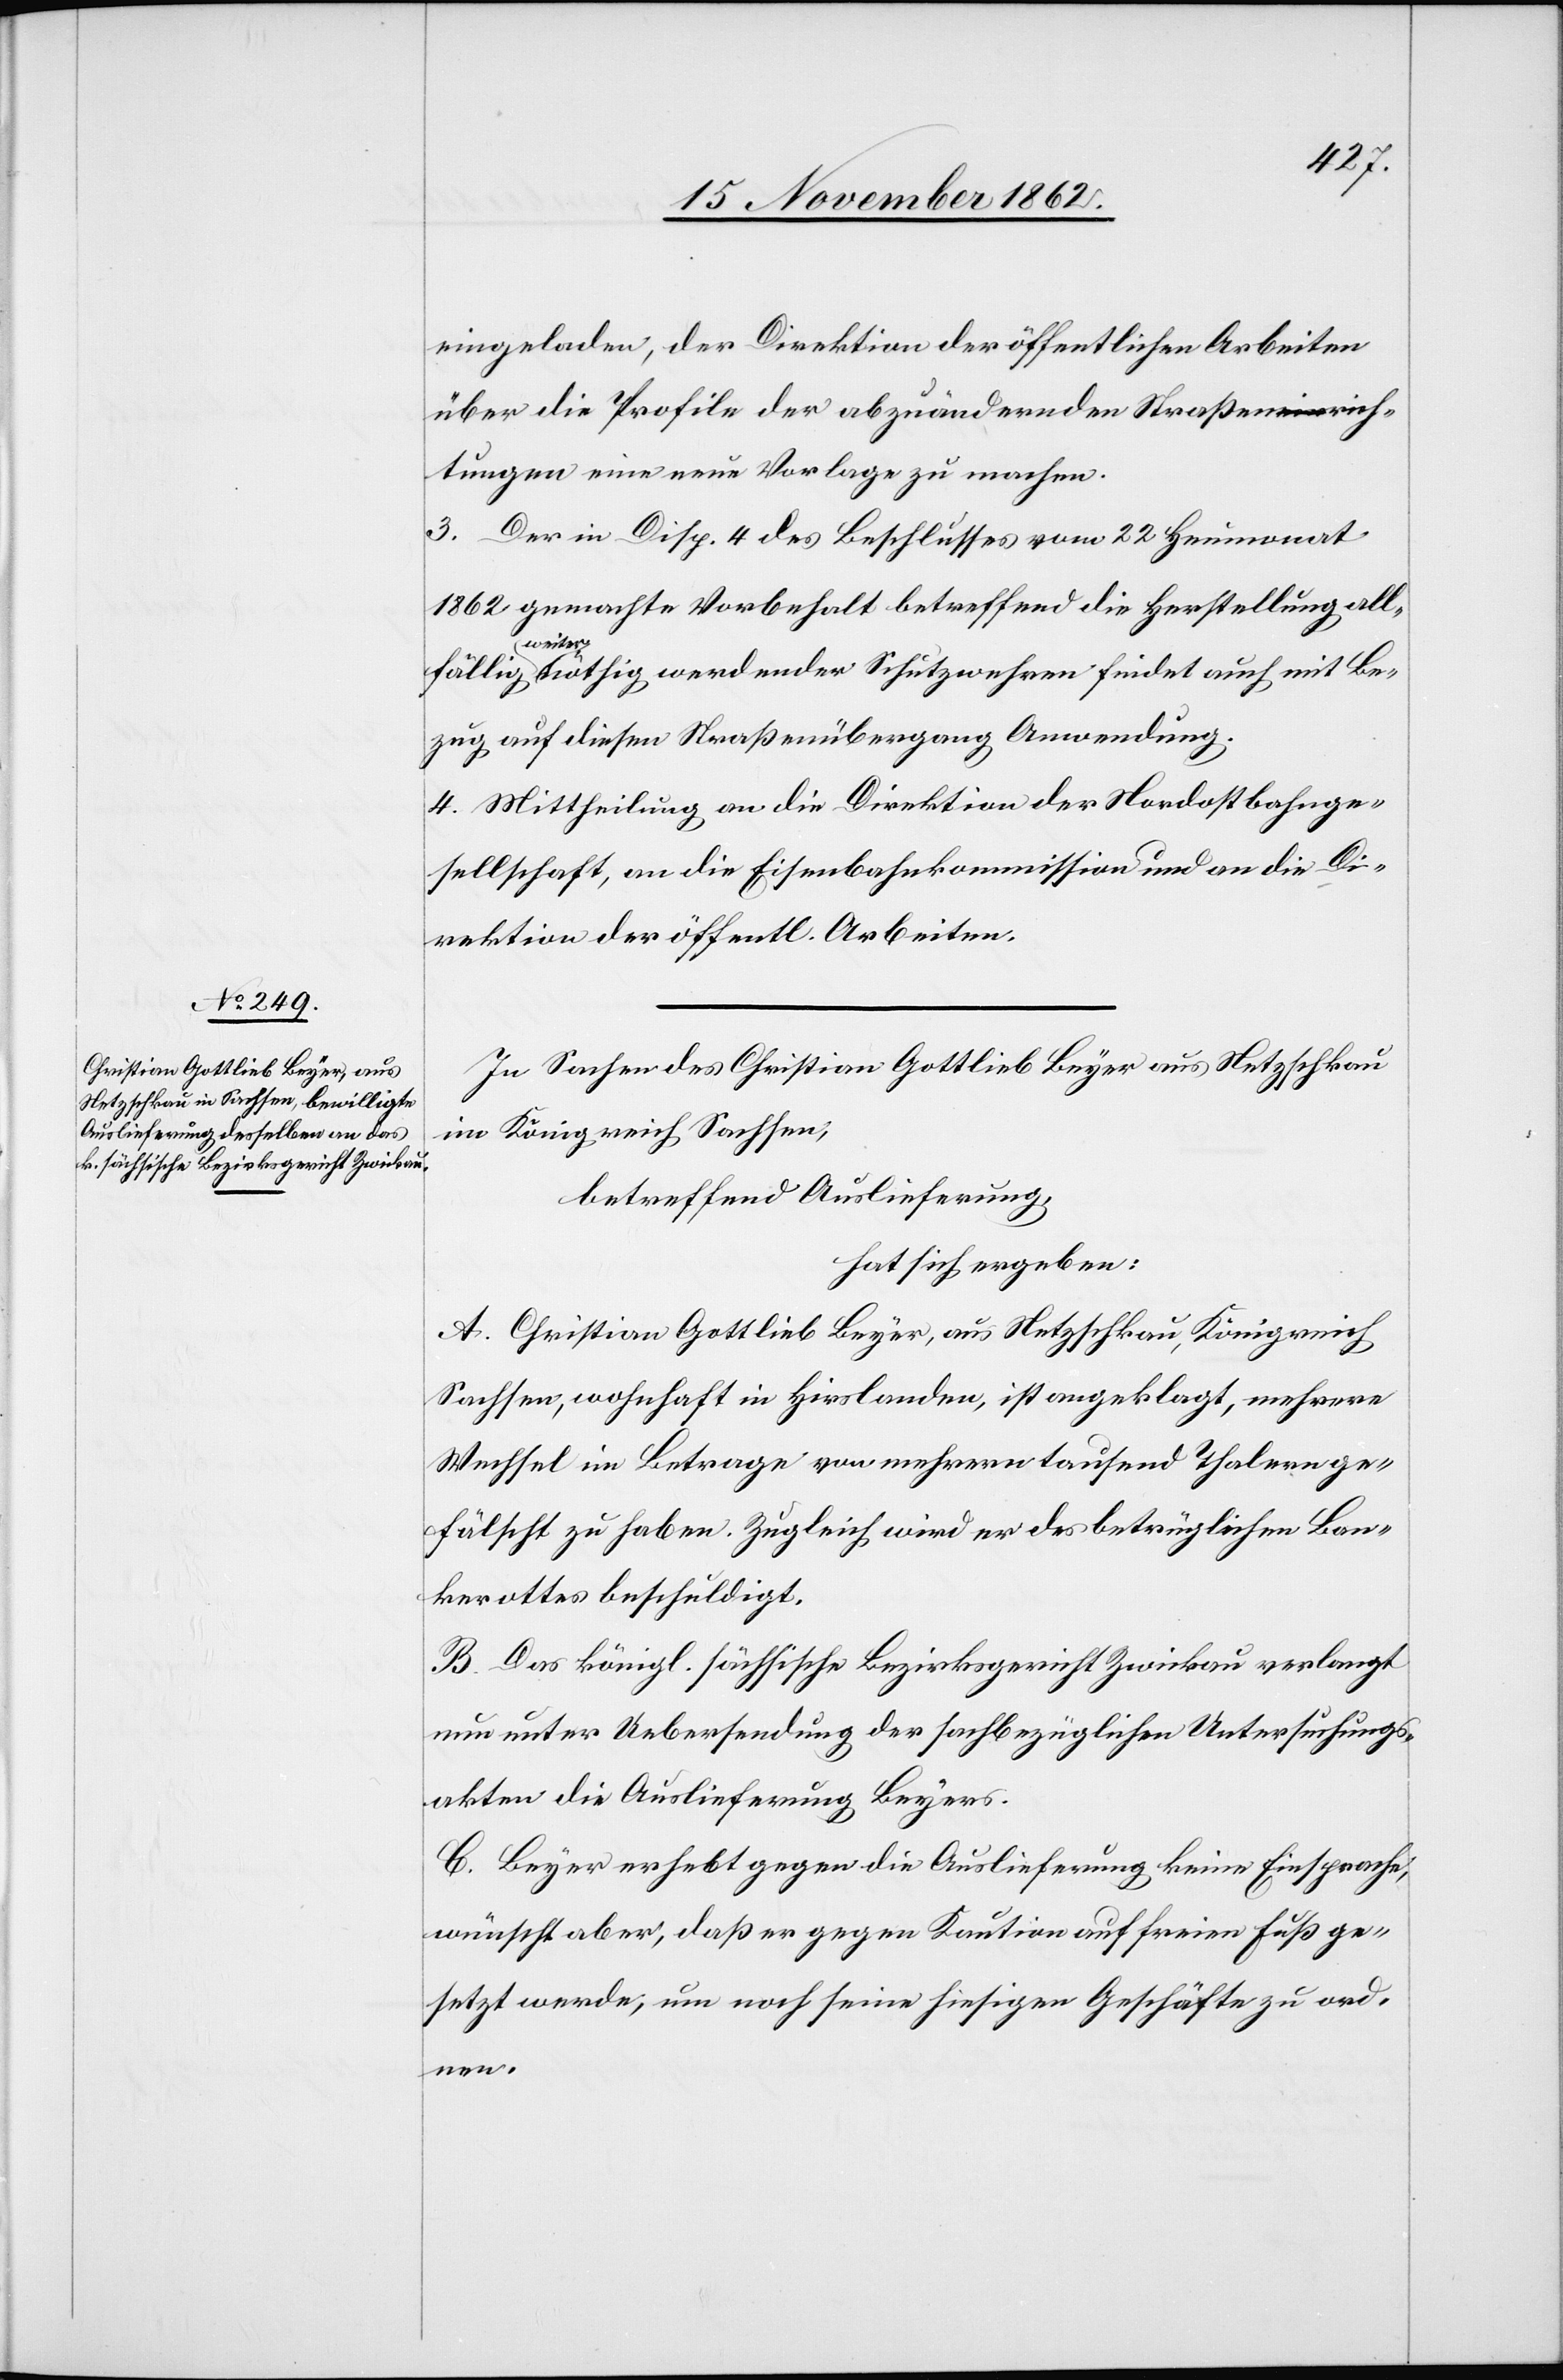
eingeladen, der Direktion der öffentlichen Arbeiten
über die Profile der abzuändernden Straßenrich¬
tungen eine neue Vorlage zu machen.
3. Der in Disp. 4 des Beschlusses vom 22. Heumonat
1862 gemachte Vorbehalt betreffend die Herstellung all¬
fällig weiter nöthig werdender Schutzwehren findet auch mit Be¬
zug auf diesen Straßenübergang Anwendung.
4. Mittheilung an die Direktion der Nordostbahnge¬
sellschaft, an die Eisenbahnkommission und an die Di¬
rektion der öffentl. Arbeiten.
In Sachen des Christian Gottlieb Beyer aus Netzschkau
im Königreich Sachsen,
betreffend Auslieferung,
hat sich ergeben:
A. Christian Gottlieb Beyer, aus Netschkau, Königreich
Sachsen, wohnhaft in Hirslanden, ist angeklagt, mehrere
Wechsel im Betrage von mehrern tausend Thalern ge¬
fälscht zu haben. Zugleich wird er des betrüglichen Ban¬
kerottes beschuldigt.
B. Das königl. sächsische Bezirksgericht Zwickau verlangt
nun unter Uebersendung der sachbezüglichen Untersuchungs¬
akten die Auslieferung Beyers.
C. Beyer erhebt gegen die Auslieferung keine Einsprache,
wünscht aber, daß er gegen Kaution auf freien Fuß ge¬
setzt werde, um noch seine hiesigen Geschäfte zu ord¬
nen.